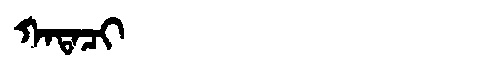
Manchu: ᡴᠠᡨᠠᠴᡳ
Romanization: KATACI